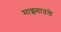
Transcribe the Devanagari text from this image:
माझ्यातले